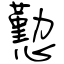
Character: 懃